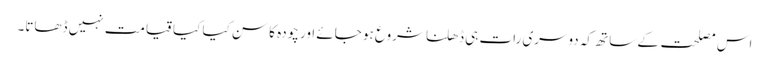
اس مصلحت کے ساتھ کہ دوسری رات ہی ڈھلنا شروع ہو جائے اور چودہ کا سن کیا کیا قیامت نہیں ڈھاتا۔